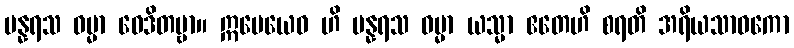
ပန္နရသ ဓမ္မာ ဝေဒိတဗ္ဗာ။ ဣမေယေဝ ဟိ ပန္နရသ ဓမ္မာ ယသ္မာ ဧတေဟိ စရတိ အရိယသာဝကော